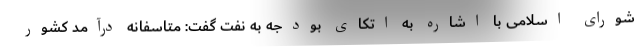
شورای اسلامی با اشاره به اتکای بودجه به نفت گفت: متاسفانه درآمد کشور